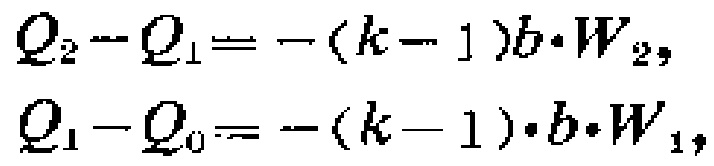
\[
\begin{align*}
Q_{2}-Q_{1}&=-(k - 1)b\cdot W_{2},\\
Q_{1}-Q_{0}&=-(k - 1)\cdot b\cdot W_{1},
\end{align*}
\]